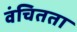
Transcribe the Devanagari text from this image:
वंचितता